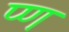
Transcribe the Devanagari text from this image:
प्ण